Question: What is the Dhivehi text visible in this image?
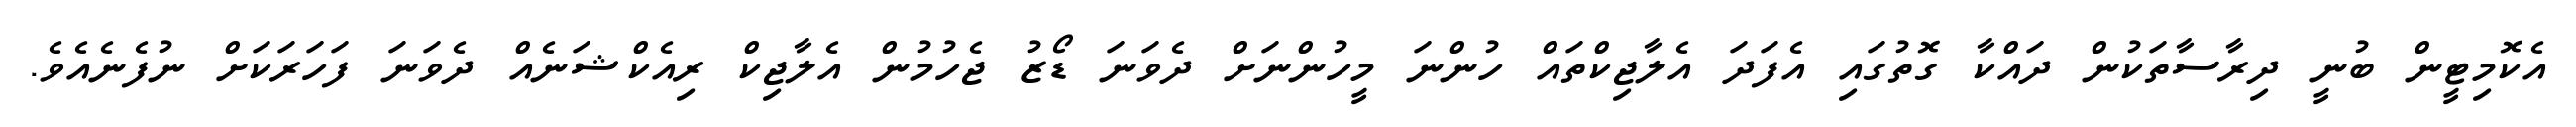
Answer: އެކޮމިޓީން ބުނީ ދިރާސާތަކުން ދައްކާ ގޮތުގައި އެފަދަ އެލާޖިކްތައް ހުންނަ މީހުންނަށް ދެވަނަ ޑޯޒު ޖެހުމުން އެލާޖިކް ރިއެކްޝަނެއް ދެވަނަ ފަހަރަކަށް ނުފެނެއެވެ.